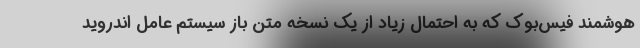
هوشمند فیس‌بوک که به احتمال زیاد از یک نسخه متن باز سیستم عامل اندروید